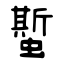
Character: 蟴